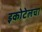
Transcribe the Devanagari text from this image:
इकोटेलचा